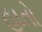
હાતો